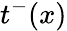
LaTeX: t^{-}(x)